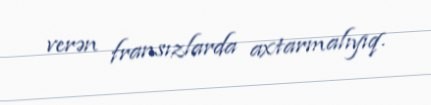
verən fransızlarda axtarmalıyıq.